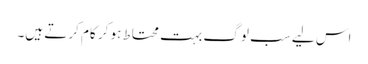
اس لیے سب لوگ بہت محتاط ہو کر کام کرتے ہیں۔